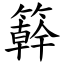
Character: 簳